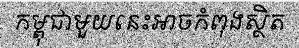
កម្ពុជាមួយនេះអាចកំពុងស្ថិត